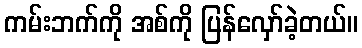
ကမ်းဘက်ကို အစ်ကို ပြန်လှော်ခဲ့တယ်။